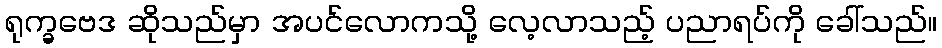
ရုက္ခဗေဒ ဆိုသည်မှာ အပင်လောကသို့ လေ့လာသည့် ပညာရပ်ကို ခေါ်သည်။